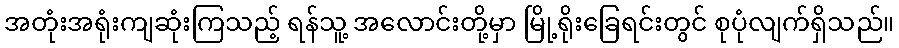
အတုံးအရုံးကျဆုံးကြသည့် ရန်သူ့ အလောင်းတို့မှာ မြို့ရိုးခြေရင်းတွင် စုပုံလျက်ရှိသည်။